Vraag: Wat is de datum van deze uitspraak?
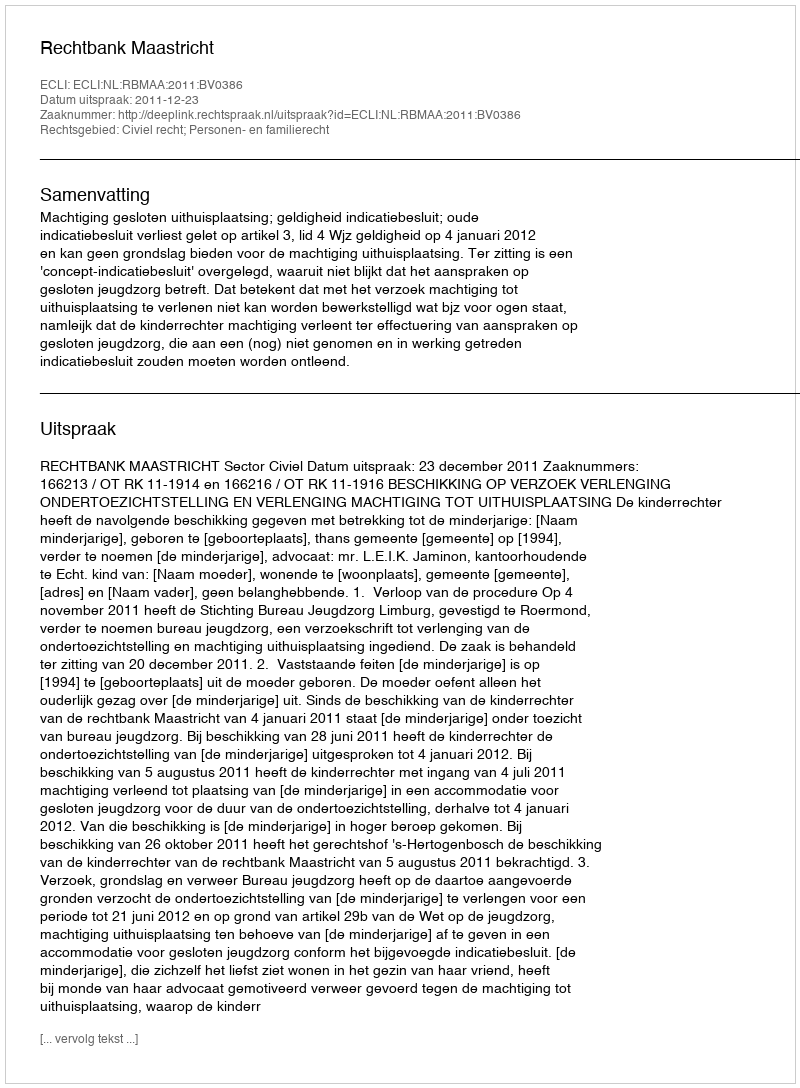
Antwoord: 2011-12-23